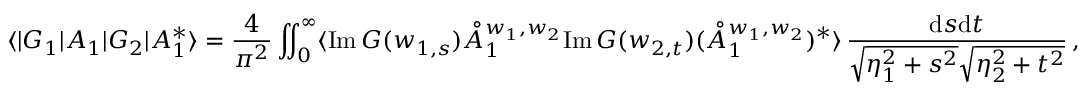
\langle | G _ { 1 } | A _ { 1 } | G _ { 2 } | A _ { 1 } ^ { * } \rangle = \frac { 4 } { \pi ^ { 2 } } \iint _ { 0 } ^ { \infty } \langle \mathrm { I m } \, G ( w _ { 1 , s } ) \mathring { A } _ { 1 } ^ { w _ { 1 } , w _ { 2 } } \mathrm { I m } \, G ( w _ { 2 , t } ) ( \mathring { A } _ { 1 } ^ { w _ { 1 } , w _ { 2 } } ) ^ { * } \rangle \, \frac { \mathrm { d } s \mathrm { d } t } { \sqrt { \eta _ { 1 } ^ { 2 } + s ^ { 2 } } \sqrt { \eta _ { 2 } ^ { 2 } + t ^ { 2 } } } \, ,